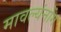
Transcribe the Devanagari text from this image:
मावल्यंनोंग